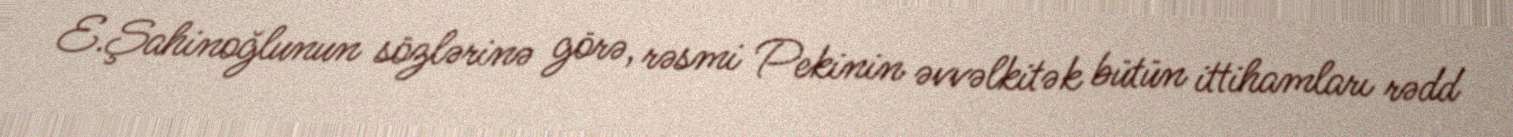
E.Şahinoğlunun sözlərinə görə, rəsmi Pekinin əvvəlkitək bütün ittihamları rədd